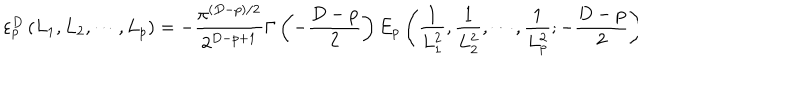
\varepsilon _ { p } ^ { D } \left( L _ { 1 } , L _ { 2 } , \cdots , L _ { p } \right) = - \frac { \pi ^ { ( D - p ) / 2 } } { 2 ^ { D - p + 1 } } \Gamma \left( - \frac { D - p } { 2 } \right) E _ { p } \left( \frac { 1 } { L _ { 1 } ^ { 2 } } , \frac { 1 } { L _ { 2 } ^ { 2 } } , \cdots , \frac { 1 } { L _ { p } ^ { 2 } } ; - \frac { D - p } { 2 } \right) \hspace { 3 c m }